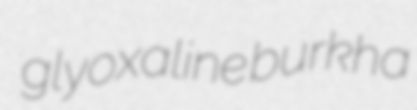
glyoxaline burkha